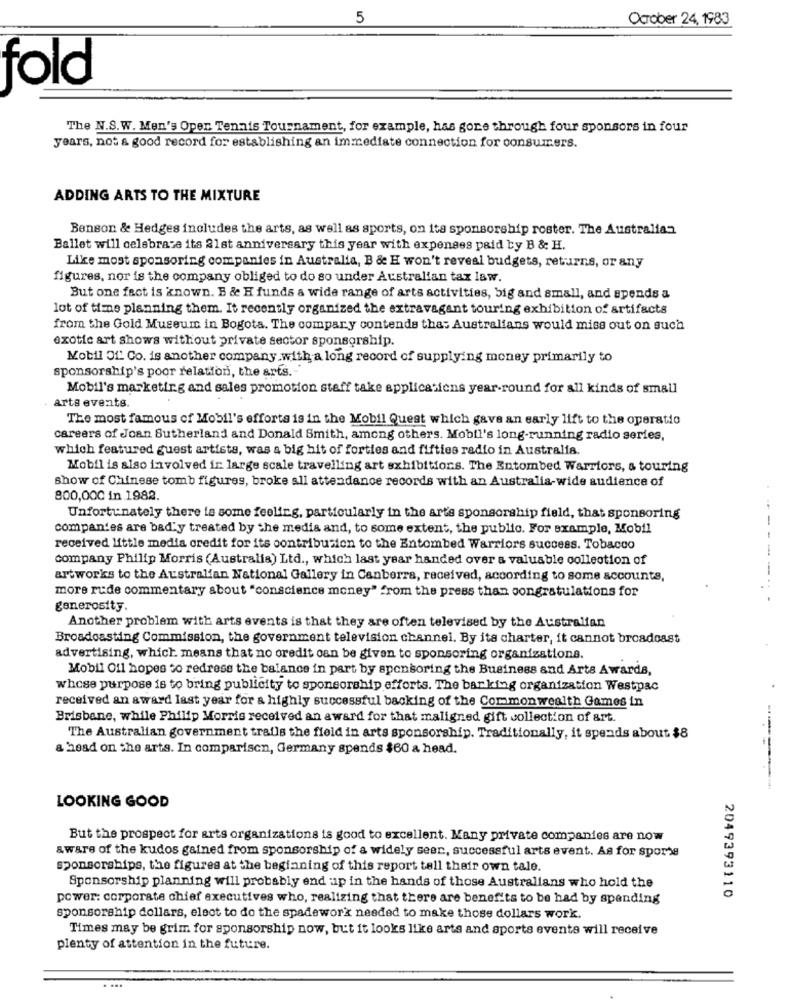
5
October 24, 1983
fold
The N.S.W. Men's Open Tennis Tournament, for example, has gone through four sponsors in four
years, not a good record for establishing an immediate connection for consumers.
ADDING ARTS TO THE MIXTURE
Benson & Hedges includes the arts, as well as sports, on its sponsorship roster. The Australian
Ballet will celebrate its 21st anniversary this year with expenses paid by B & H.
Like most sponsoring companies in Australia, B & H won't reveal budgets, returns, or any
figures, nor is the company obliged to do so under Australian tax law.
But one fact is known. B & H funds a wide range of arts activities, big and small, and spends a
lot of time planning them. It recently organized the extravagant touring exhibition of artifacts
from the Gold Museum in Bogota. The compary contends thas Australians would miss out on such
exotic art shows without private sector sponsorship.
Mobil Of. Co. is another company with a long record of supplying money primarily to
sponsorship's poor relation, the arts. -
Mobil's marketing and sales promotion staff take applications year-round for all kinds of small
arts events.
The most famous of Mobil's efforts is in the Mobil Quest which gave an early lift to the operatio
careers of Joan Sutherland and Donald Smith, among others. Mobil's long-running radio series,
which featured guest artists, was a big hit of forties and fifties radio in Australia.
Mobil is also involved in large scale travelling art exhibitions. The Entombed Warriors, s touring
show of Chinese tomb figures, broke all attendance records with an Australia-wide audience of
800,000 in 1982.
Unfortunately there is some feeling, particularly in the arte sponsorship field, that sponsoring
-
companies are bad'y treated by the media and, to some extent, the public. For example, Mobil
-
received little media credit for its contribution to the Entombed Warriors success. Tobacco
company Philip Morris (Australia) Ltd ., which last year handed over a valuable collection of
artworks to the Australian National Gallery in Canberra, received, according to some accounts,
more rude commentary about "conscience money" from the press than congratulations for
generosity.
Another problem with arts events is that they are often televised by the Australian
Broadcasting Commission, the government television channel. By its charter, it cannot broadcast
advertising, which means that no oredit can be given to sponsoring organizations.
Mobil Oil hopes to redrese the balance in part by sponsoring the Business and Arts Awards,
whose purpose is to bring publicity to sponsorship efforts. The banking organization Westpac
received an award last year for a highly successful backing of the Commonwealth Games in
Brisbane, while Philip Morris received an award for that maligned gift collection of art.
The Australian government trails the field in arts sponsorship. Traditionally, it spends about $8
& head on the arts. In comparison, Germany spends $60 a head.
LOOKING GOOD
But the prospect for arts organizations is good to excellent. Many private companies are now
aware of the kudos gained from sponsorship of a widely seer, successful arts event. As for sports
sponsorships, the figures at the beginning of this report tell their own tale.
Sponsorship planning will probably end up in the hands of those Australians who hold the
power: corporate chief executives who, realizing that there are benefits to be had by spending
2049393110
sponsorship dollars, elect to do the spadework needed to make those dollars work.
Times may be grim for sponsorship now, but it looks like arts and sports events will receive
plenty of attention in the future.